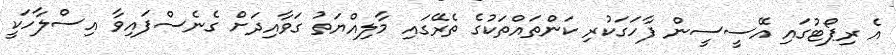
އެ ރިޕޯޓުގައި އޭސީސީން ފާހަގަކުރި ކަންތައްތަކުގެ ތެރޭގައި މާލިއްޔަތު ގަވާއިދަށް ގެނެސްފައިވާ އިސްލާހަކީ